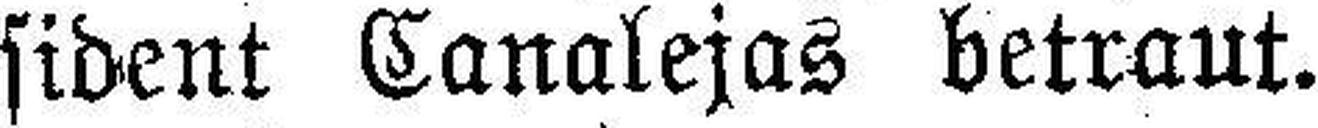
sident Canalejas betraut.